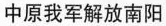
中原我军解放南阳